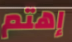
إهتم